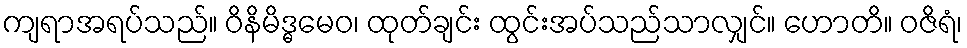
ကျရာအရပ်သည်။ ဝိနိမိဒ္ဓမေဝ၊ ထုတ်ချင်း ထွင်းအပ်သည်သာလျှင်။ ဟောတိ။ ဝဇိရံ၊